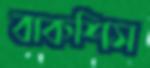
বাকশিস